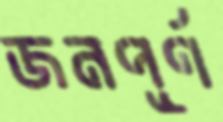
জনপূর্ণ